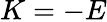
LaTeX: K=-E